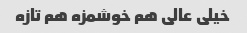
خیلی عالی هم خوشمزه هم تازه